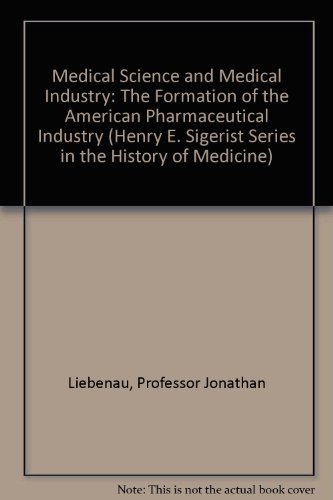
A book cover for Medical Science and Medical Industry: The Formation of the American Pharmaceutical Industry (Henry E. Sigerist Series in the History of Medicine); Professor Jonathan Liebenau; Medical Books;